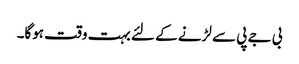
بی جے پی سے لڑنے کے لئے بہت وقت ہوگا۔